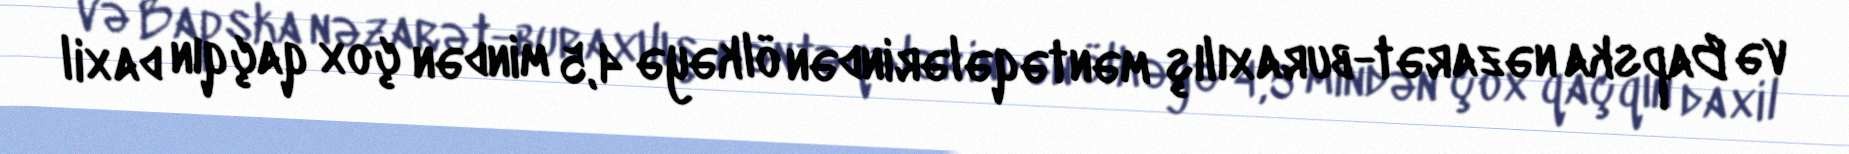
və Bapska nəzarət-buraxılış məntəqələrindən ölkəyə 4,5 mindən çox qaçqın daxil